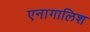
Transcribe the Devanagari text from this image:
एनागालिश